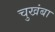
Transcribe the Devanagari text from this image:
चुखंबा